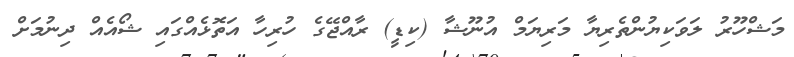
މަޝްހޫރު ލަވަކިޔުންތެރިޔާ މަރިޔަމް އުނޫޝާ (ކިޑީ) ރާއްޖޭގެ ހުރިހާ އަތޮޅެއްގައި ޝޯއެއް ދިނުމަށް